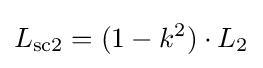
L_{\mathrm {sc2} }=(1-k^{2})\cdot L_{\mathrm {2} }